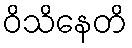
ဝိသိနေတိ